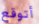
أتوقع